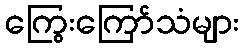
ကြွေးကြော်သံများ